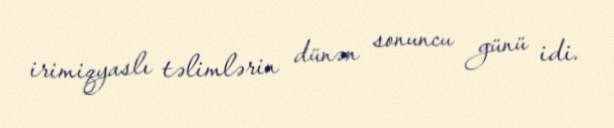
irimiqyaslı təlimlərin dünən sonuncu günü idi.